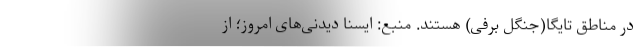
در مناطق تایگا(جنگل برفی) هستند. منبع: ایسنا دیدنی‌های امروز؛ از